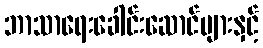
ဘာသာရေးခေါင်းဆောင်များနှင့်